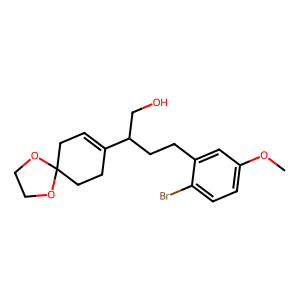
SMILES: COc1ccc(Br)c(CCC(CO)C2=CCC3(CC2)OCCO3)c1
Inhibits HIV replication: No